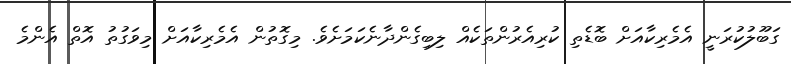
ގަބޫލުކުރަނީ އެމެރިކާއަށް ބޮޑެތި ކުރިއެރުންތަކެއް ލިބިގެންދާނެކަމަށެވެ. މިގޮތުން އެމެރިކާއަށް މިވަގުތު އޮތް އެންމެ